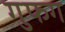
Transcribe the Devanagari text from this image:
गुफग